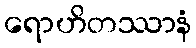
ရောဟိတဿာနံ